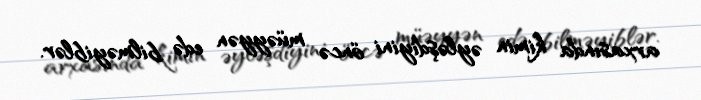
arxasında kimin əyləşdiyini öncə müəyyən edə bilməyiblər.